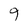
Character: 9